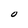
Character: O